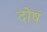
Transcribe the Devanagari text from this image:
दोषं